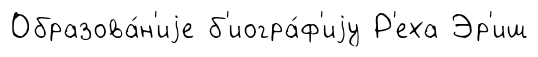
Образова́н'иjе б'иогра́ф'иjу Р'еха Эр'иш